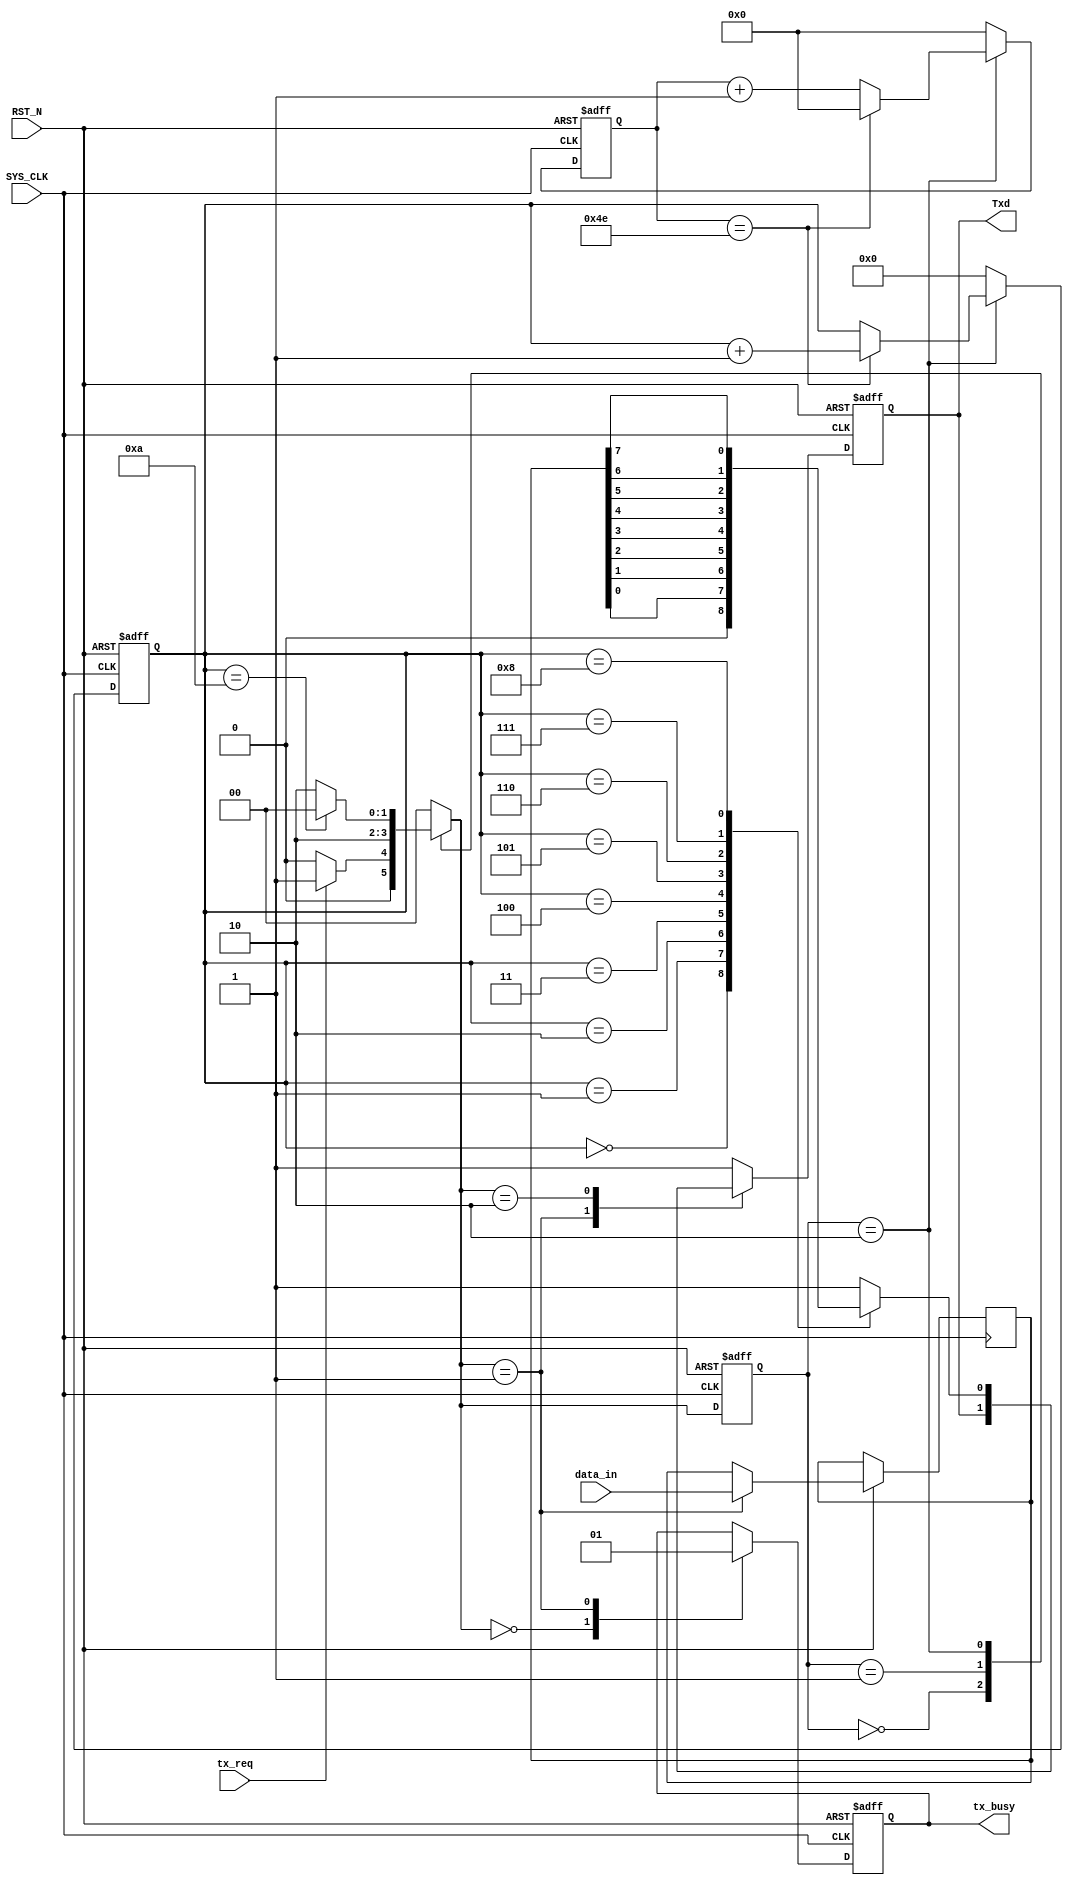
module UART_Txd(
input						SYS_CLK	,					//
input 						RST_N	,					//
input			[7:0] 		data_in	,					//
input 						tx_req	,					//
	
output	reg					Txd		,					//
output	reg					tx_busy						//,
);

//------------------------------------------------------
//-- 
//------------------------------------------------------

reg 	[15:0] 	baud_count			;				//
reg 	[3:0] 	bit_cnt				;				//
reg 	[7:0]	step_cnt			;				//
		
reg 	[1:0] 	STATE				;				//
reg 	[1:0] 	STATE_n				;				//
		
reg		[7:0]	tx_data 			;				//TX

//------------------------------------------------------
//-- 
//------------------------------------------------------
`define BAUD  256000 														//
`define SYS_CLK_PERIOD  50 													//SYS_CLK
`define BAUD_CNT_END  1_000_000_000 / `BAUD / `SYS_CLK_PERIOD 				//
localparam IDLE = 2'D0 ,LATCH = 2'D1 ,SEND = 2'D2 ;							

//------------------------------------------------------
//-- 
//------------------------------------------------------
always@(posedge SYS_CLK or negedge RST_N) begin
	if(!RST_N) begin
		baud_count <= 16'b0;
	end
	else if(STATE == SEND ) begin
		if(baud_count == `BAUD_CNT_END ) begin
			baud_count <= 16'b0 ;
		end
		else begin
			baud_count <= baud_count + 1'b1 ;
		end
	end
	else begin
		baud_count <= 16'b0;
	end
end
//------------------------------------------------------
//-- BIT
//------------------------------------------------------
always@(posedge SYS_CLK or negedge RST_N) begin
	if(!RST_N) begin
		bit_cnt <= 'b0;
	end
	else if(STATE == SEND) begin
		if(baud_count == `BAUD_CNT_END)
			bit_cnt <= bit_cnt + 1'b1 ;
	end
	else
		bit_cnt <= 'b0;
end

//------------------------------------------------------
//-- 
//------------------------------------------------------
always@(posedge SYS_CLK or negedge RST_N)
begin
	if(!RST_N) begin
		STATE <= IDLE ;
	end
	else begin
		STATE <= STATE_n ;
	end
end
//------------------------------------------------------
//-- 
//------------------------------------------------------
always@(*)
begin
	case(STATE)
		IDLE : begin
			if(tx_req == 1'b1) begin
				STATE_n = LATCH ;
			end
			else begin
				STATE_n = IDLE;
			end 
		end
		LATCH: begin
			STATE_n = SEND ;
		end
		SEND : begin
			if(bit_cnt == 4'd10) begin
				STATE_n = IDLE ;
			end
			else begin
				STATE_n = SEND ;
			end
		end
		default :
			STATE_n = IDLE;
	endcase
end


//------------------------------------------------------
//-- Txd
//------------------------------------------------------
always@(posedge SYS_CLK or negedge RST_N)
begin
	if(!RST_N) begin
		Txd <= 1'B1 ;
		tx_busy <= 1'b0 ;
	end
	else begin
		case(STATE_n)
			IDLE : begin
				Txd <= 1'B1 ;
				tx_busy <= 1'b0 ;
			end
			LATCH: begin
				tx_data = data_in ;
				tx_busy <= 1'b1 ;
			end
			SEND : begin
				case(bit_cnt)
					0 : begin
						Txd <= 1'B0 ;
					end
					1 : begin
						Txd <= tx_data[0];
					end
					2 : begin
						Txd <= tx_data[1];
					end
					3 : begin
						Txd <= tx_data[2];
					end
					4 : begin
						Txd <= tx_data[3];
					end 
					5 : begin
						Txd <= tx_data[4];
					end
					6 : begin
						Txd <= tx_data[5];
					end
					7 : begin
						Txd <= tx_data[6];
					end
					8 : begin
						Txd <= tx_data[7];
					end
					9 ,10: begin							//
						Txd <= 1'B1 ;
					end
					default :
						Txd <= 1'B1 ;
				endcase
			end
			default :
				Txd <= 1'B1 ;
		endcase
	end
end



endmodule